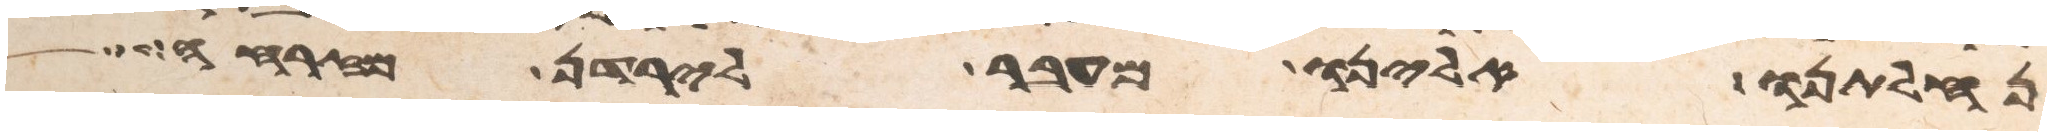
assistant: נחלתנו אלינו מעבר לירדן מזרחה